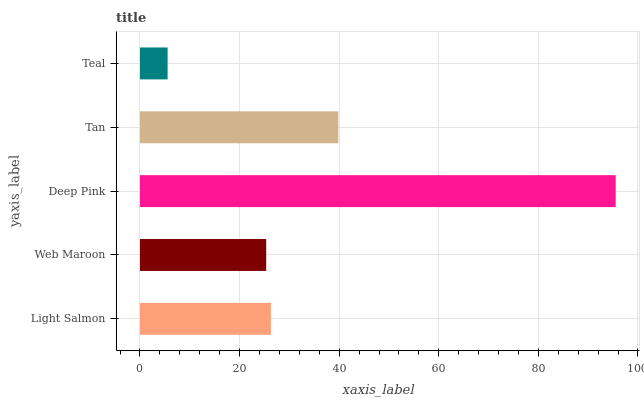
| yaxis_label | bars |
 | --- | --- |
 | Light Salmon | 26.3 |
 | Web Maroon | 25.3 |
 | Deep Pink | 95.5 |
 | Tan | 39.8 |
 | Teal | 5.55 |